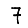
Digit: 7